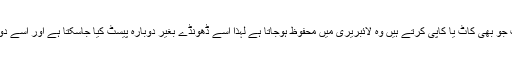
اس کا مطلب یہ ہے کہ آپ جو بھی کاٹ یا کاپی کرتے ہیں وہ لائبریری میں محفوظ ہوجاتا ہے لہذا اسے ڈھونڈے بغیر دوبارہ پیسٹ کیا جاسکتا ہے اور اسے دوبارہ کاپی کر لیا جائے گا۔